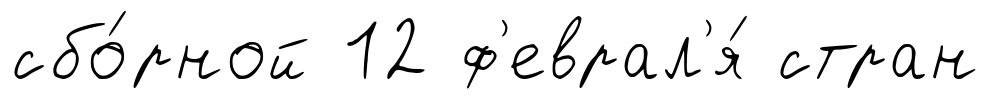
сбо́рной 12 ф'еврал'я́ стран